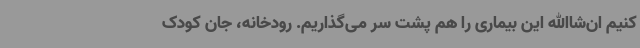
کنیم ان‌شاالله این بیماری را هم پشت سر می‌گذاریم. رودخانه، جان کودک